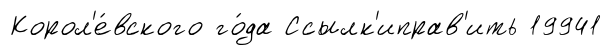
Корол'е́вского го́да Ссылк'иправ'ить 19941